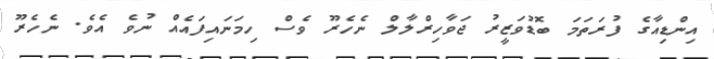
އިންޑިއާގެ ފުރަތަމަ ބޮޑުވަޒީރު ޖަވާހިރްލާލް ނެހެރޫ ވެސް ހިމަނައިފައެއް ނުވެ އެވެ. ނެހެރޫ